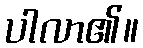
ပါလာ၏။